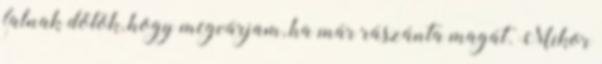
falnak dőlök, hogy megvárjam, ha már rászánta magát. Mikor